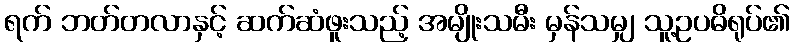
ရက် ဘတ်တလာနှင့် ဆက်ဆံဖူးသည့် အမျိုးသမီး မှန်သမျှ သူ့ဥပဓိရုပ်၏